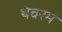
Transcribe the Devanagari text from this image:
थेवरम